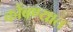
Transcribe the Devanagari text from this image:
कोंबण्यात